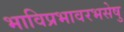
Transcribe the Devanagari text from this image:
भाविप्रभावरभसेषु